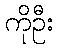
ကိုဦး